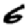
Digit: 6